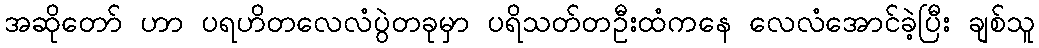
အဆိုတော် ဟာ ပရဟိတလေလံပွဲတခုမှာ ပရိသတ်တဦးထံကနေ လေလံအောင်ခဲ့ပြီး ချစ်သူ